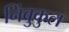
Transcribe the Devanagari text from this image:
निंबुकुल